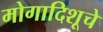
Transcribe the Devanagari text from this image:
मोगादिशूचे